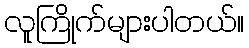
လူကြိုက်များပါတယ်။